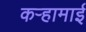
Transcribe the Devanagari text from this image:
कऱ्हामाई